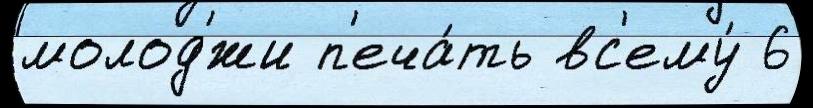
молод'́жи п'еча́ть вс'ему́ 6